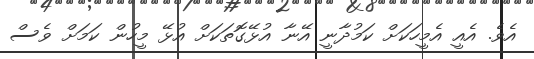
އެވެ. އެއީ އެމީހަކަށް ކަމުދާނީ އޭނާ އުޅޭގޮތަކަށް އުޅޭ މީހުން ކަމަށް ވެސް